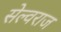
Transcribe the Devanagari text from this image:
सेल्वराज